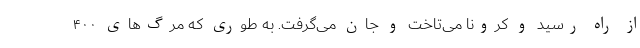
از راه رسید و کرونا می‌تاخت و جان می‌گرفت. به طوری که مرگ‌های ۴۰۰